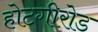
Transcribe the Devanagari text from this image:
होटगीरोड